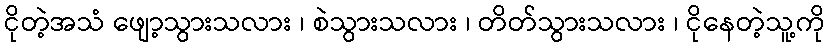
ငိုတဲ့အသံ ဖျော့သွားသလား ၊ စဲသွားသလား ၊ တိတ်သွားသလား ၊ ငိုနေတဲ့သူ့ကို